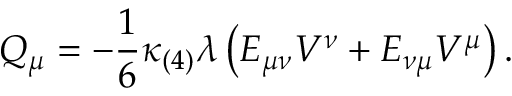
{ \cal Q } _ { \mu } = - \frac { 1 } { 6 } \kappa _ { ( 4 ) } \lambda \left( E _ { \mu \nu } V ^ { \nu } + E _ { \nu \mu } V ^ { \mu } \right) .